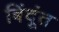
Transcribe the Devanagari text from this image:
बिंदूंत